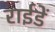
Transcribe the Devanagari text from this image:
राईडें